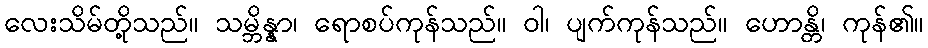
လေးသိမ်တို့သည်။ သမ္ဘိန္နာ၊ ရောစပ်ကုန်သည်။ ဝါ၊ ပျက်ကုန်သည်။ ဟောန္တိ၊ ကုန်၏။